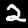
Digit: 2